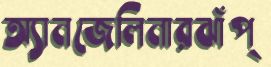
অ্যানজেলিনারঝাঁপ্‌